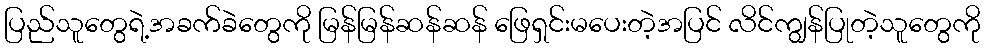
ပြည်သူတွေရဲ့အခက်ခဲတွေကို မြန်မြန်ဆန်ဆန် ဖြေရှင်းမပေးတဲ့အပြင် လိင်ကျွန်ပြုတဲ့သူတွေကို